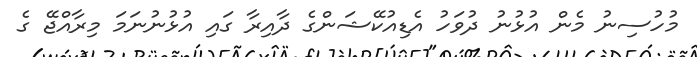
މުހުސިނު މެން އުޅުނު ދުވަހު އެޑިއުކޭޝަންގެ ދާއިރާ ގައި އުޅުނުނަމަ މިރާއްޖޭ ގެ